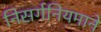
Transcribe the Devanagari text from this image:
निसर्गनियमाने